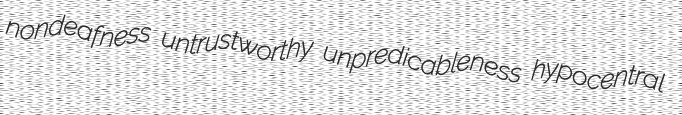
nondeafness untrustworthy unpredicableness hypocentral